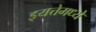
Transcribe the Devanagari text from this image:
इयत्तेमध्ये